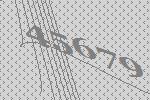
45679